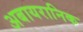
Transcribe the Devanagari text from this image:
अबायरानिक